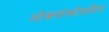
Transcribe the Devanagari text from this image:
लोकसंख्येसहित